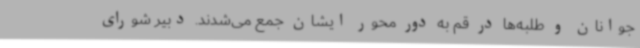
جوانان و طلبه‌ها در قم به دور محور ایشان جمع می‌شدند. دبیر شورای